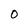
Character: O